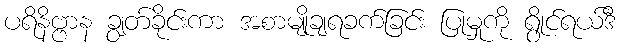
ပရိနိဗ္ဗာန ချွတ်ခိုင်းကာ အစာမျိုချရခက်ခြင်း ပြုမှုကို ရွိုင်ရယ်ဒီ